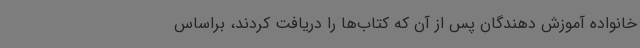
خانواده آموزش دهندگان پس از آن که کتاب‌ها را دریافت کردند، براساس